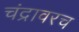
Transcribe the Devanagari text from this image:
चंद्रावरच